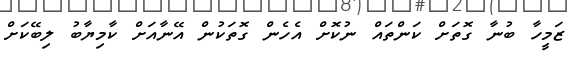
ޒަމީހާ ބުނާ ގޮތަށް ކަންތައް ނުކޮށް އެހެން ގޮތަކުން އޭނާއަށް ކާމިޔާބު ލިބޭކަށް